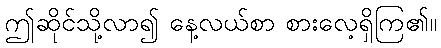
ဤဆိုင်သို့လာ၍ နေ့လယ်စာ စားလေ့ရှိကြ၏။